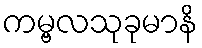
ကမ္ဗလသုခုမာနိ